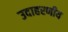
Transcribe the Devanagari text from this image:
उदाहरणीय